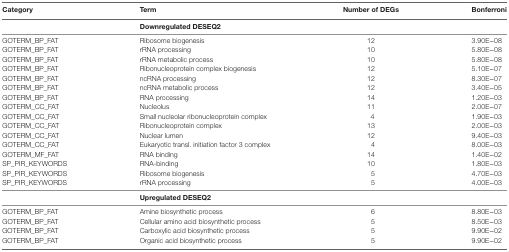
<table><thead><tr><td><b>Category</b></td><td><b>Term</b></td><td><b>Number of DEGs</b></td><td><b>Bonferroni</b></td></tr></thead><tbody><tr><td></td><td><b>Downregulated DESEQ2</b></td><td></td><td></td></tr><tr><td>GOTERM_BP_FAT</td><td>Ribosome biogenesis</td><td>12</td><td>3.90E−08</td></tr><tr><td>GOTERM_BP_FAT</td><td>rRNA processing</td><td>10</td><td>5.80E−08</td></tr><tr><td>GOTERM_BP_FAT</td><td>rRNA metabolic process</td><td>10</td><td>5.80E−08</td></tr><tr><td>GOTERM_BP_FAT</td><td>Ribonucleoprotein complex biogenesis</td><td>12</td><td>5.10E−07</td></tr><tr><td>GOTERM_BP_FAT</td><td>ncRNA processing</td><td>12</td><td>8.30E−07</td></tr><tr><td>GOTERM_BP_FAT</td><td>ncRNA metabolic process</td><td>12</td><td>3.40E−05</td></tr><tr><td>GOTERM_BP_FAT</td><td>RNA processing</td><td>14</td><td>1.20E−03</td></tr><tr><td>GOTERM_CC_FAT</td><td>Nucleolus</td><td>11</td><td>2.00E−07</td></tr><tr><td>GOTERM_CC_FAT</td><td>Small nucleolar ribonucleoprotein complex</td><td>4</td><td>1.90E−03</td></tr><tr><td>GOTERM_CC_FAT</td><td>Ribonucleoprotein complex</td><td>13</td><td>2.00E−03</td></tr><tr><td>GOTERM_CC_FAT</td><td>Nuclear lumen</td><td>12</td><td>9.40E−03</td></tr><tr><td>GOTERM_CC_FAT</td><td>Eukaryotic transl. initiation factor 3 complex</td><td>4</td><td>8.00E−03</td></tr><tr><td>GOTERM_MF_FAT</td><td>RNA binding</td><td>14</td><td>1.40E−02</td></tr><tr><td>SP_PIR_KEYWORDS</td><td>RNA-binding</td><td>10</td><td>1.80E−03</td></tr><tr><td>SP_PIR_KEYWORDS</td><td>Ribosome biogenesis</td><td>5</td><td>4.70E−03</td></tr><tr><td>SP_PIR_KEYWORDS</td><td>rRNA processing</td><td>5</td><td>4.00E−03</td></tr><tr><td></td><td><b>Upregulated DESEQ2</b></td><td></td><td></td></tr><tr><td>GOTERM_BP_FAT</td><td>Amine biosynthetic process</td><td>6</td><td>8.80E−03</td></tr><tr><td>GOTERM_BP_FAT</td><td>Cellular amino acid biosynthetic process</td><td>5</td><td>8.50E−03</td></tr><tr><td>GOTERM_BP_FAT</td><td>Carboxylic acid biosynthetic process</td><td>5</td><td>9.90E−02</td></tr><tr><td>GOTERM_BP_FAT</td><td>Organic acid biosynthetic process</td><td>5</td><td>9.90E−02</td></tr></tbody></table>